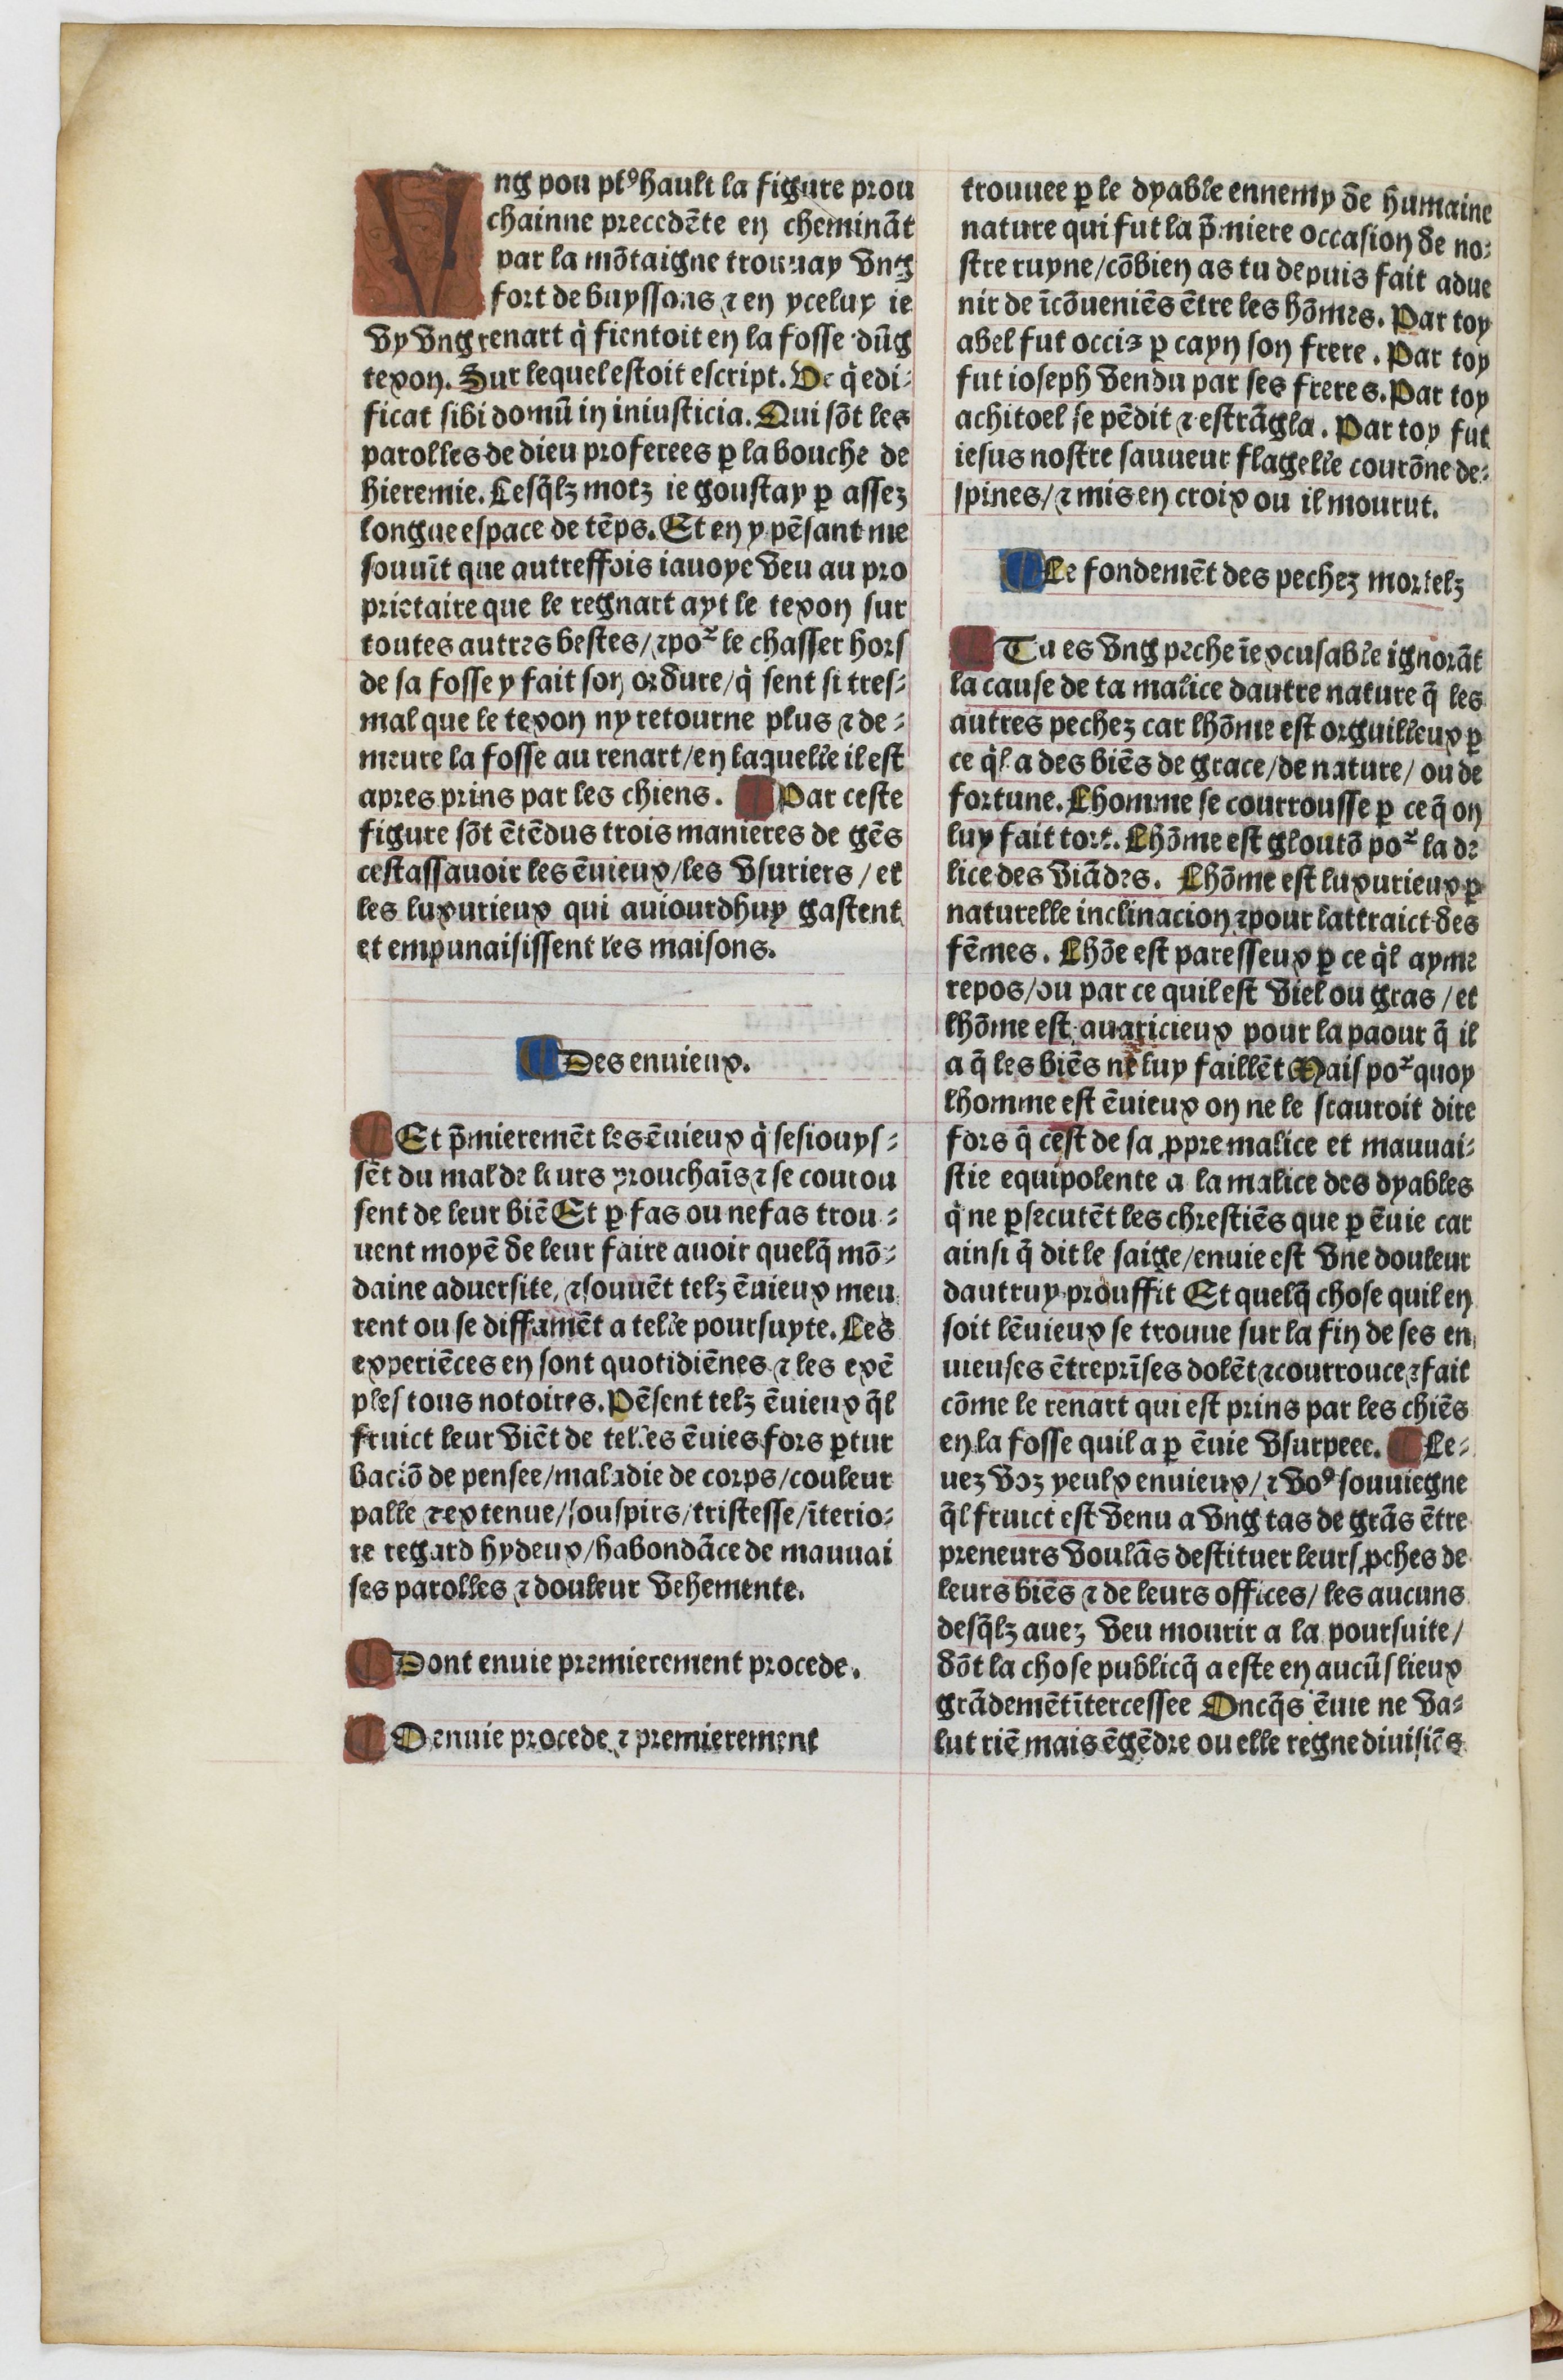
Shelfmark: Paris, BnF, Velins 1103
Century: 16